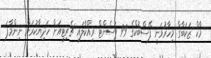
މާކް ޒަކަބާގް މިހާރުވަނީ ފޭސްބުކްގެ 99 ޕަސެންޓް ވިއްކާލައި ޗެރިޓީއަށް ހަދިޔާކުރަން ނިންމާފަ